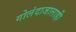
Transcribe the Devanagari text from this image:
गोलंदाजालाही